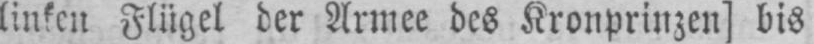
linken Flügel der Armee des Kronprinzen] bis